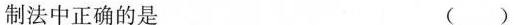
制法中正确的是 ()